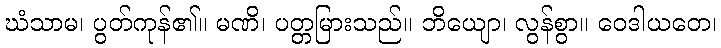
ဃံသာမ၊ ပွတ်ကုန်၏။ မဏိ၊ ပတ္တမြားသည်။ ဘိယျော၊ လွန်စွာ။ ဝေဒါယတေ၊